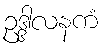
ဥဒ္ဒါလနကံ